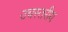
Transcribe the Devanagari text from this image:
उचस्तरीय